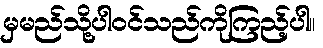
မှမည်သို့ပါဝင်သည်ကိုကြည့်ပါ။